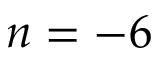
n = - 6